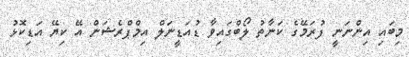
މިބައި އިންނަނީ ފުރަމޭގެ ކަނާތު ލޯބްގައިވާ ޑުއަޑީނަލް އިމްޕްރެޝަން އޭ ކިޔޭ އަޑިކޮޅު